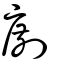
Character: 剫